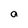
Character: a